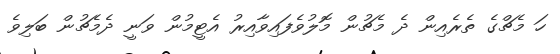
ހަ މެޗްގެ ތެރެއިން ދެ މެޗުން މޮލުވެފައިވާއިރު އެޓީމުން ވަނީ ދެމެޗުން ބަލިވެ